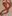
Text: 8